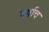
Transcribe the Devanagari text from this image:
वर्षाच